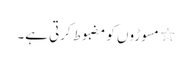
٭ مسوڑوں کو مضبوط کرتی ہے۔